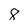
Character: 8